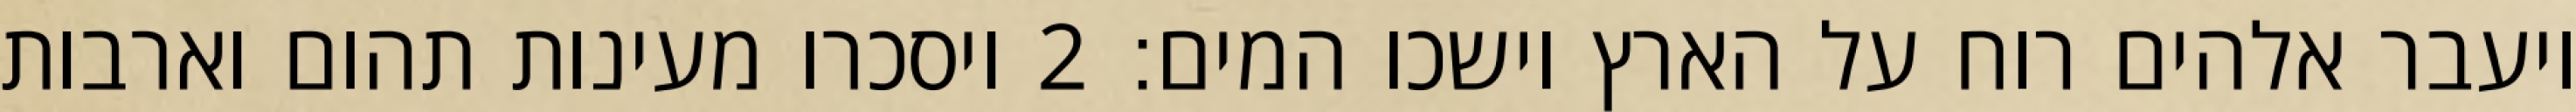
ויעבר אלהים רוח על הארץ וישכו המים׃ ‎2‏ ויסכרו מעינות תהום וארבות